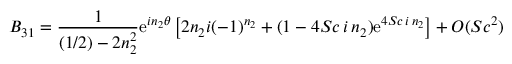
B _ { 3 1 } = { \frac { 1 } { ( 1 / 2 ) - 2 n _ { 2 } ^ { 2 } } } \mathrm { e } ^ { i n _ { 2 } \theta } \left[ 2 n _ { 2 } i ( - 1 ) ^ { n _ { 2 } } + ( 1 - 4 S c \, i \, n _ { 2 } ) \mathrm { e } ^ { 4 S c \, i \, n _ { 2 } } \right] + O ( S c ^ { 2 } )